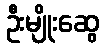
ဦးမျိုးဆွေ